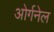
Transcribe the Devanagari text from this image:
ओर्गनेल